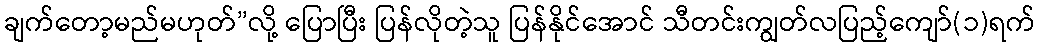
ချက်တော့မည်မဟုတ်”လို့ ပြောပြီး ပြန်လိုတဲ့သူ ပြန်နိုင်အောင် သီတင်းကျွတ်လပြည့်ကျော်(၁)ရက်